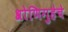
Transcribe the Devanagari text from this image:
श्रोणिगुहेचे